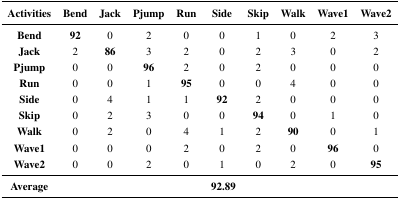
<table><thead><tr><td><b>Activities</b></td><td><b>Bend</b></td><td><b>Jack</b></td><td><b>Pjump</b></td><td><b>Run</b></td><td><b>Side</b></td><td><b>Skip</b></td><td><b>Walk</b></td><td><b>Wave1</b></td><td><b>Wave2</b></td></tr></thead><tbody><tr><td><b>Bend</b></td><td><b>92</b></td><td>0</td><td>2</td><td>0</td><td>0</td><td>1</td><td>0</td><td>2</td><td>3</td></tr><tr><td><b>Jack</b></td><td>2</td><td><b>86</b></td><td>3</td><td>2</td><td>0</td><td>2</td><td>3</td><td>0</td><td>2</td></tr><tr><td><b>Pjump</b></td><td>0</td><td>0</td><td><b>96</b></td><td>2</td><td>0</td><td>2</td><td>0</td><td>0</td><td>0</td></tr><tr><td><b>Run</b></td><td>0</td><td>0</td><td>1</td><td><b>95</b></td><td>0</td><td>0</td><td>4</td><td>0</td><td>0</td></tr><tr><td><b>Side</b></td><td>0</td><td>4</td><td>1</td><td>1</td><td><b>92</b></td><td>2</td><td>0</td><td>0</td><td>0</td></tr><tr><td><b>Skip</b></td><td>0</td><td>2</td><td>3</td><td>0</td><td>0</td><td><b>94</b></td><td>0</td><td>1</td><td>0</td></tr><tr><td><b>Walk</b></td><td>0</td><td>2</td><td>0</td><td>4</td><td>1</td><td>2</td><td><b>90</b></td><td>0</td><td>1</td></tr><tr><td><b>Wave1</b></td><td>0</td><td>0</td><td>0</td><td>2</td><td>0</td><td>2</td><td>0</td><td><b>96</b></td><td>0</td></tr><tr><td><b>Wave2</b></td><td>0</td><td>0</td><td>2</td><td>0</td><td>1</td><td>0</td><td>2</td><td>0</td><td><b>95</b></td></tr><tr><td><b>Average</b></td><td></td><td></td><td></td><td></td><td><b>92.89</b></td><td></td><td></td><td></td><td></td></tr></tbody></table>